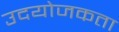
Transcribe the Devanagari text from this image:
उदयोजकता